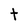
Character: t